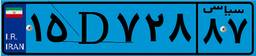
۱۵D۷۲۸۸۷